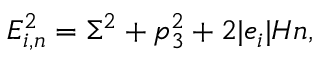
E _ { i , n } ^ { 2 } = \Sigma ^ { 2 } + p _ { 3 } ^ { 2 } + 2 | e _ { i } | H n ,